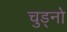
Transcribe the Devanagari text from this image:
चुड्नो